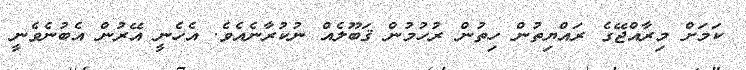
ކަމަށް މިރާއްޖޭގެ ރައްޔިތުން ހިތުން ރުހުމުން ޤަބޫލެއް ނުކުރާނެއެވެ. އެހެނީ އޭރުން އެބުނެވެނީ